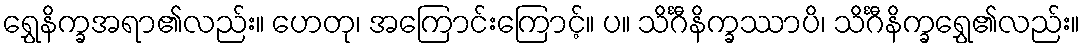
ရွှေနိက္ခအရာ၏လည်း။ ဟေတု၊ အကြောင်းကြောင့်။ ပ။ သိင်္ဂီနိက္ခဿာပိ၊ သိင်္ဂီနိက္ခရွှေ၏လည်း။